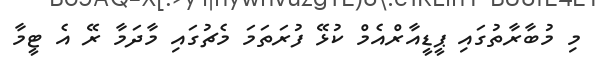
މި މުބާރާތުގައި ޕީޑީއާރްއެމް ކުޅޭ ފުރަތަމަ މެޗުގައި މާދަމާ ރޭ އެ ޓީމާ